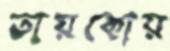
তায়কোয়